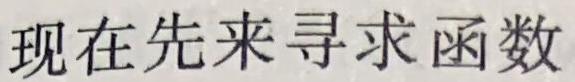
现在先来寻求函数